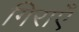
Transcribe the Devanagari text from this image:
गिराएँ